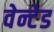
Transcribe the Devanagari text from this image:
वेन्टेड